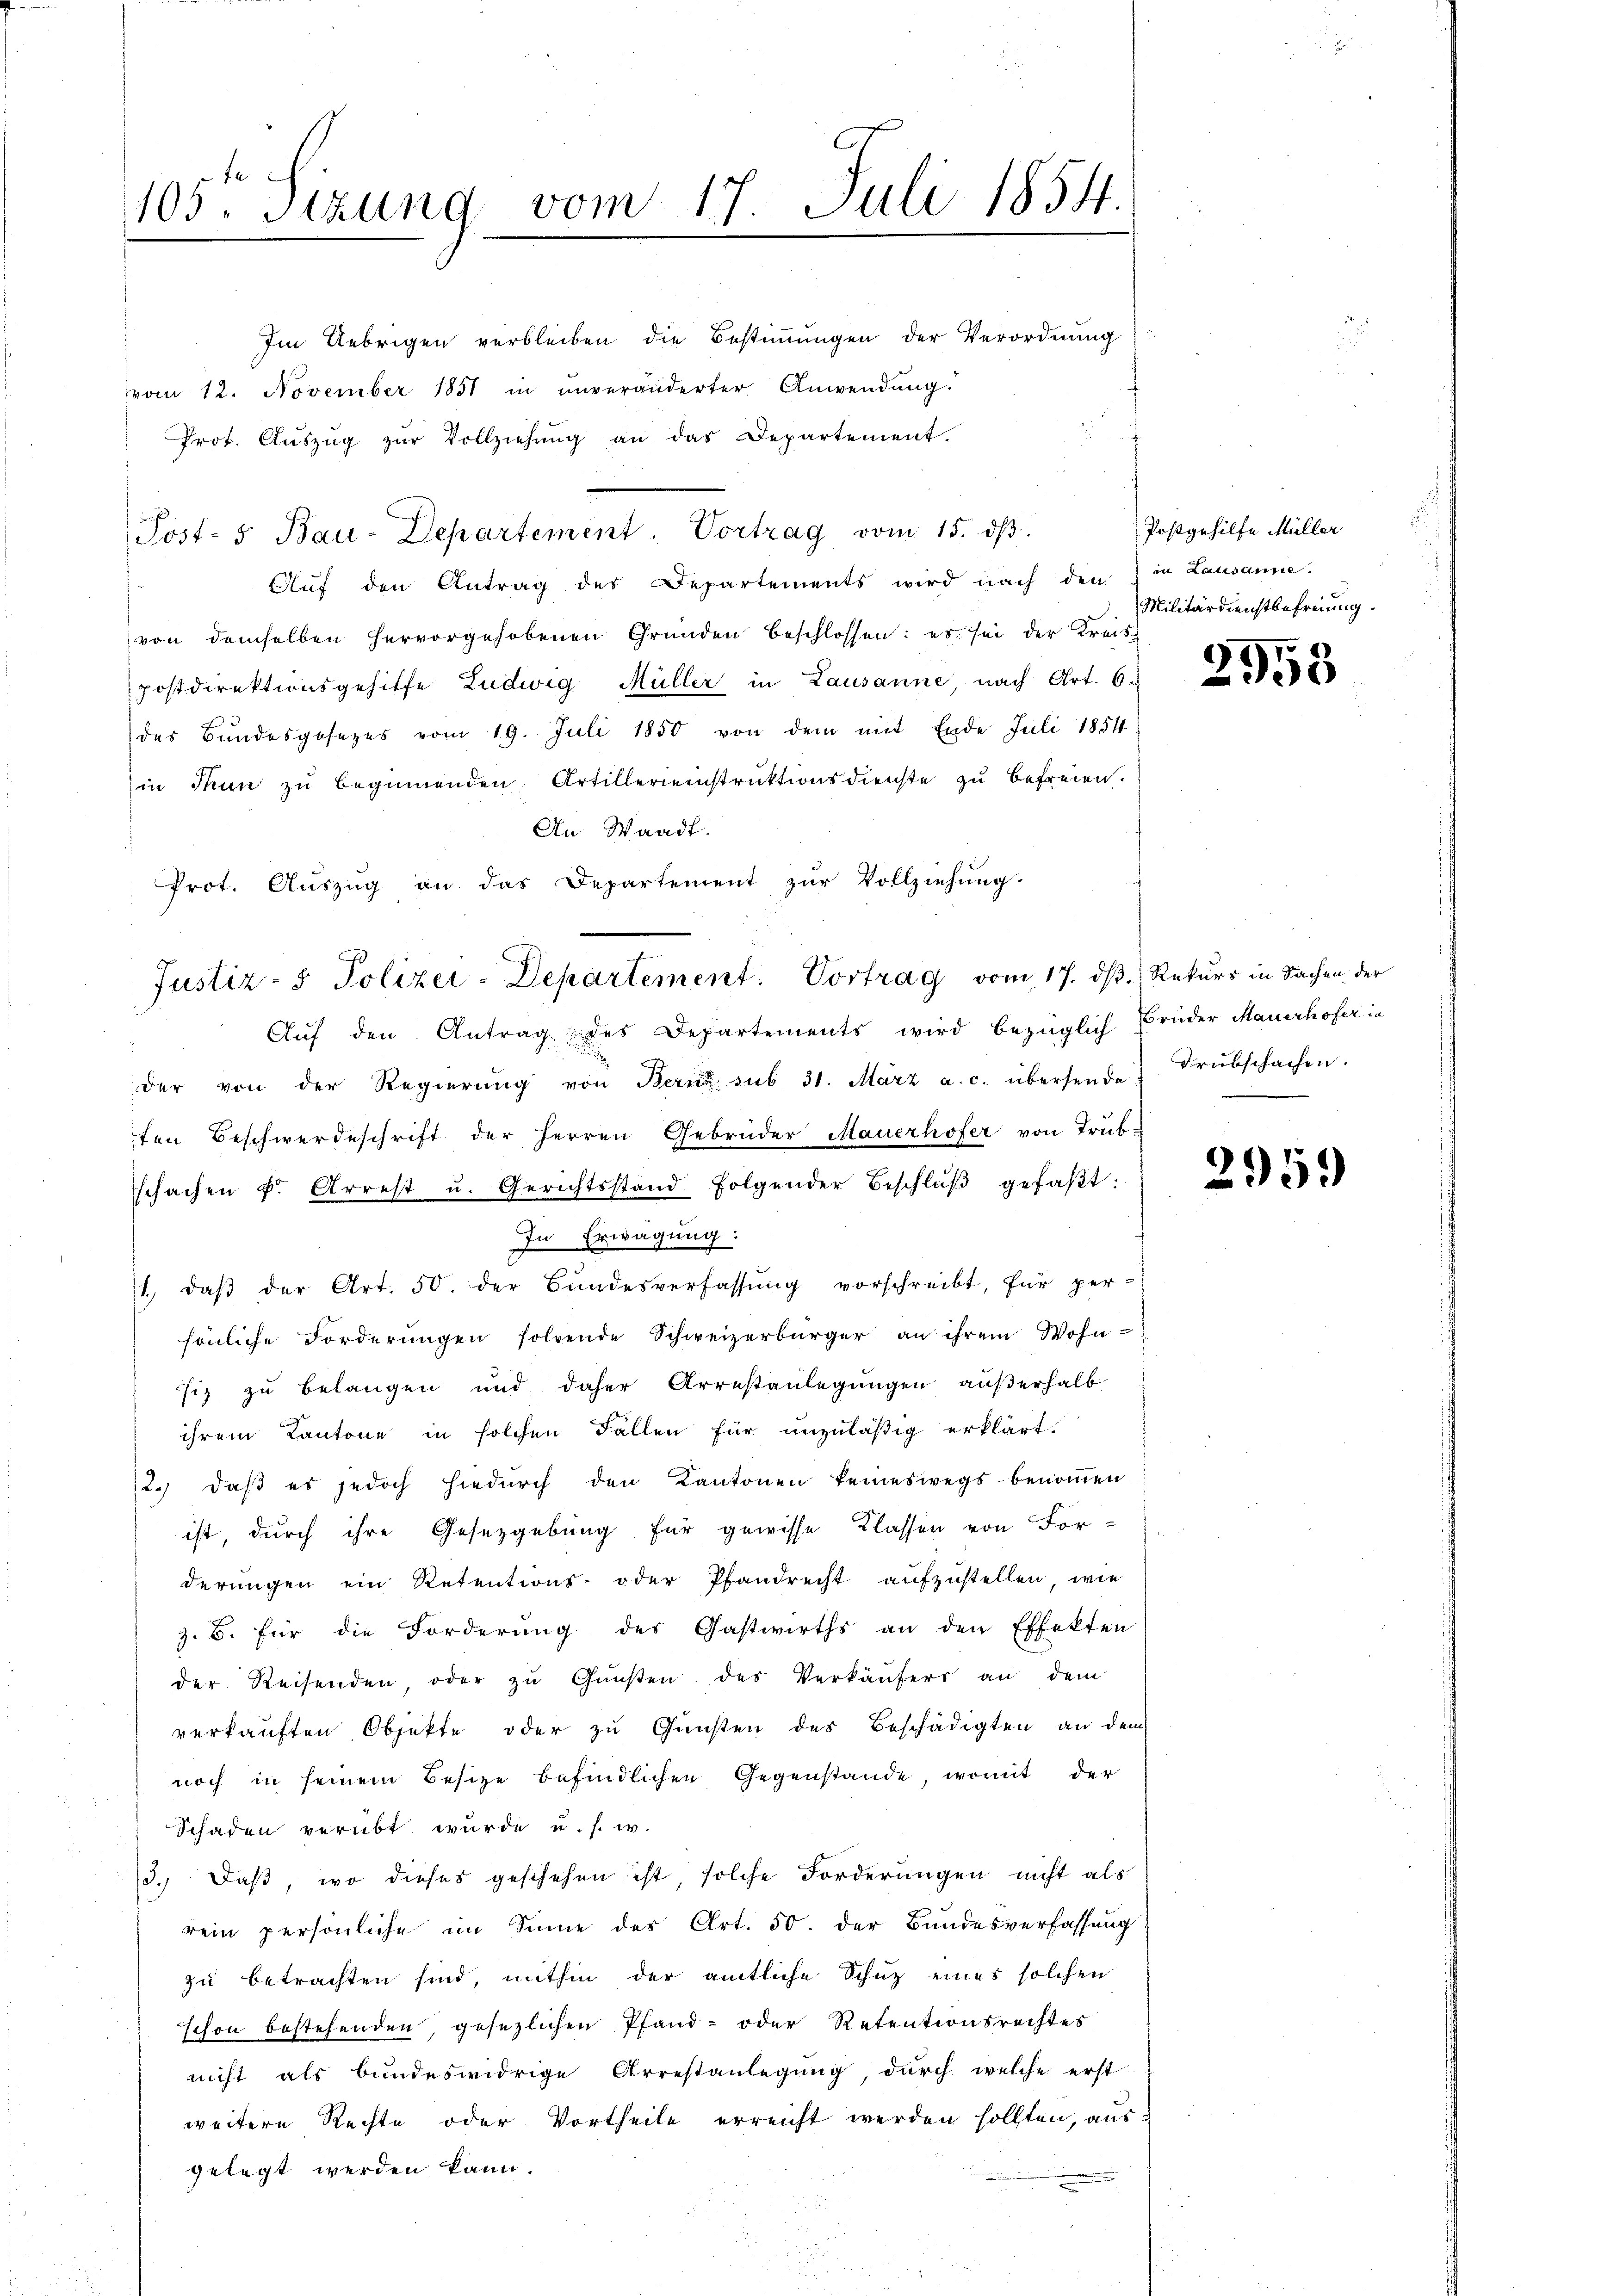
105 Sizung vom 17. Juli 1854.

Im Uebrigen verbleiben die Bestimmungen der Verordnung
vom 12. November 1851 in unveränderter Anwendung.
Prot. Aŭszŭg zŭr Vollziehŭng an das Departement.
Auf den Antrag des Departements wird nach den in Lausanne.
von demselben hervorgehobenen Gründen beschlossen: es sei der Kreispostdirektionsgehilfe Ludwig Müller in Lausanne, nach Art. 6.
des Bundesgesezes vom 19. Juli 1850 von dem mit Ende Juli 1854
in Thun zŭ beginnenden Artillereinstrŭktionsdienste zŭ befreien.
An Waadt.
der von der Regierŭng von Bern sub 31. März a. c. übersende:
In Erwägung:
1., daβ der Art. 50. der Bŭndesverfassŭng vorschreibt, für per-
sönliche Forderŭngen sollende Schweizerbürger an ihrem Wohn-
siz zu belangen und daher Arrestanlegungen außerhalb
ihrem Kantone in solchen Fallen für unzuläßig erklärt.
12. daβ es jedoch hiedŭrch den Kantonen keineswegs benoṁen
ist, durch ihre Gesetzgebung für gewisse Klassen von For-
derungen ein Retentions- oder Pfandrecht aufzustellen, wie
z. B. für die Forderŭng des Gastwirths an den Effekten
der Reisenden, oder zŭ Gŭnsten des Verkäŭfers an dem
verkauften Objekte oder zu Gunsten des Beschädigten an dem
noch in seinem Besitze befindlichen Gegenstände, womit der
Schaden verübt wurde u. s. w.
3.) Daß, wo dieses geschehen ist, solche Forderungen nicht als
rein persönliche im Sinne des Art. 50. der Bundesverfassung
zu betrachten sind, mithin der amtliche Schutz eines solchen
schon bestehenden, gesezlichen Pfand- oder Retentionsrechtes
nicht als bundeswidrige Arrestanlegung, durch welche erst
weitere Rechte oder Vortheile erreicht werden sollten, aus-
gelegt werden kann.

Prot. Aŭszŭg an das Departement zŭr Vollziehŭng.
Justiz- & Polizei-Departement. Vortrag vom 17. ds. Rekurs in Sachen der
Auf den Antrag des Departements wird bezüglich Brüder Mauerhofer in

ten Beschwerdeschrift der Herren Gebrüder Mauerhofer von Trub-
schachen u. Arrest u. Gerichtsstand folgender Beschlŭβ gefaβt:

Post- 5. Bau-Departement. Vortrag vom 15. dβ.

Postgehilfe Müller
Militärdienstbefreiung.

2958

Drubschachen.

2959